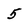
Character: 5